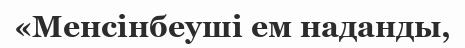
«Менсінбеуші ем наданды,